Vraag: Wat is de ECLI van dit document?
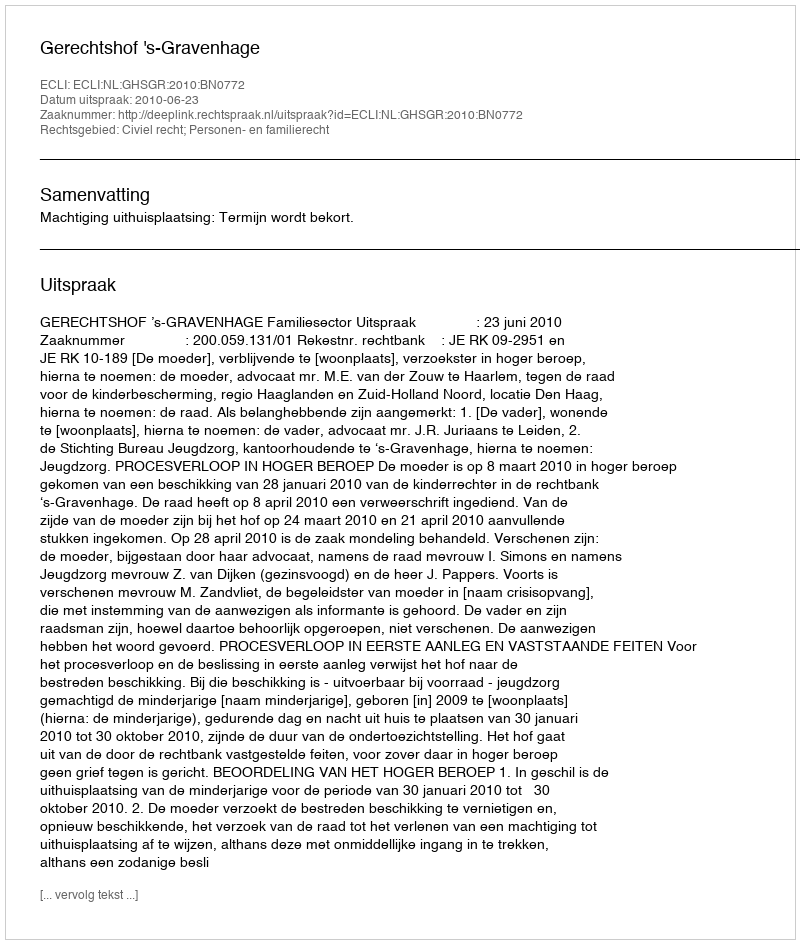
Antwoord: ECLI:NL:GHSGR:2010:BN0772